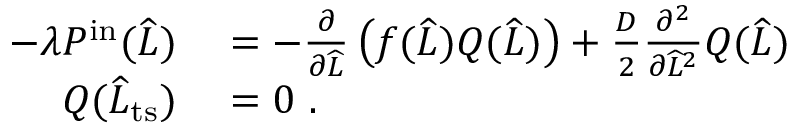
\begin{array} { r l } { - \lambda P ^ { \mathrm { i n } } ( \widehat { L } ) } & { { } = - \frac { \partial } { \partial \widehat { L } } \left( f ( \widehat { L } ) Q ( \widehat { L } ) \right) + \frac { D } { 2 } \frac { \partial ^ { 2 } } { \partial \widehat { L } ^ { 2 } } Q ( \widehat { L } ) } \\ { Q ( \widehat { L } _ { \mathrm { t s } } ) } & { { } = 0 \ . } \end{array}